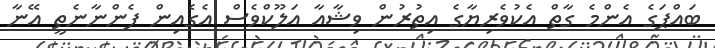
ބައްޕަގެ އެންމެ ގާތް އެކުވެރިޔާގެ އިތުރުން ވިޝާއާ އަލޫކްވެސް އެގެއިން ފެންނާނެތީ އޭނާ